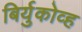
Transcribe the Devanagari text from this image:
बिर्युकोव्ह